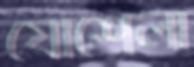
যোশেলা